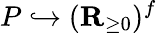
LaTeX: P\hookrightarrow(\mathbf{R}_{\geq 0})^{f}